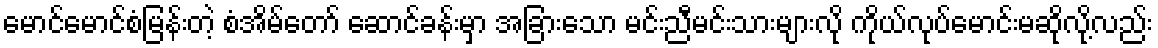
မောင်မောင်စံမြန်းတဲ့ စံအိမ်တော် ဆောင်ခန်းမှာ အခြားသော မင်းညီမင်းသားများလို ကိုယ်လုပ်မောင်းမဆိုလို့လည်း